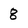
Character: 8